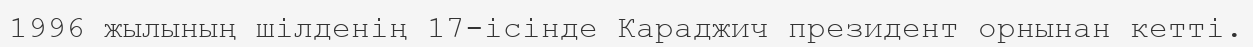
1996 жылының шілденің 17-ісінде Караджич президент орнынан кетті.